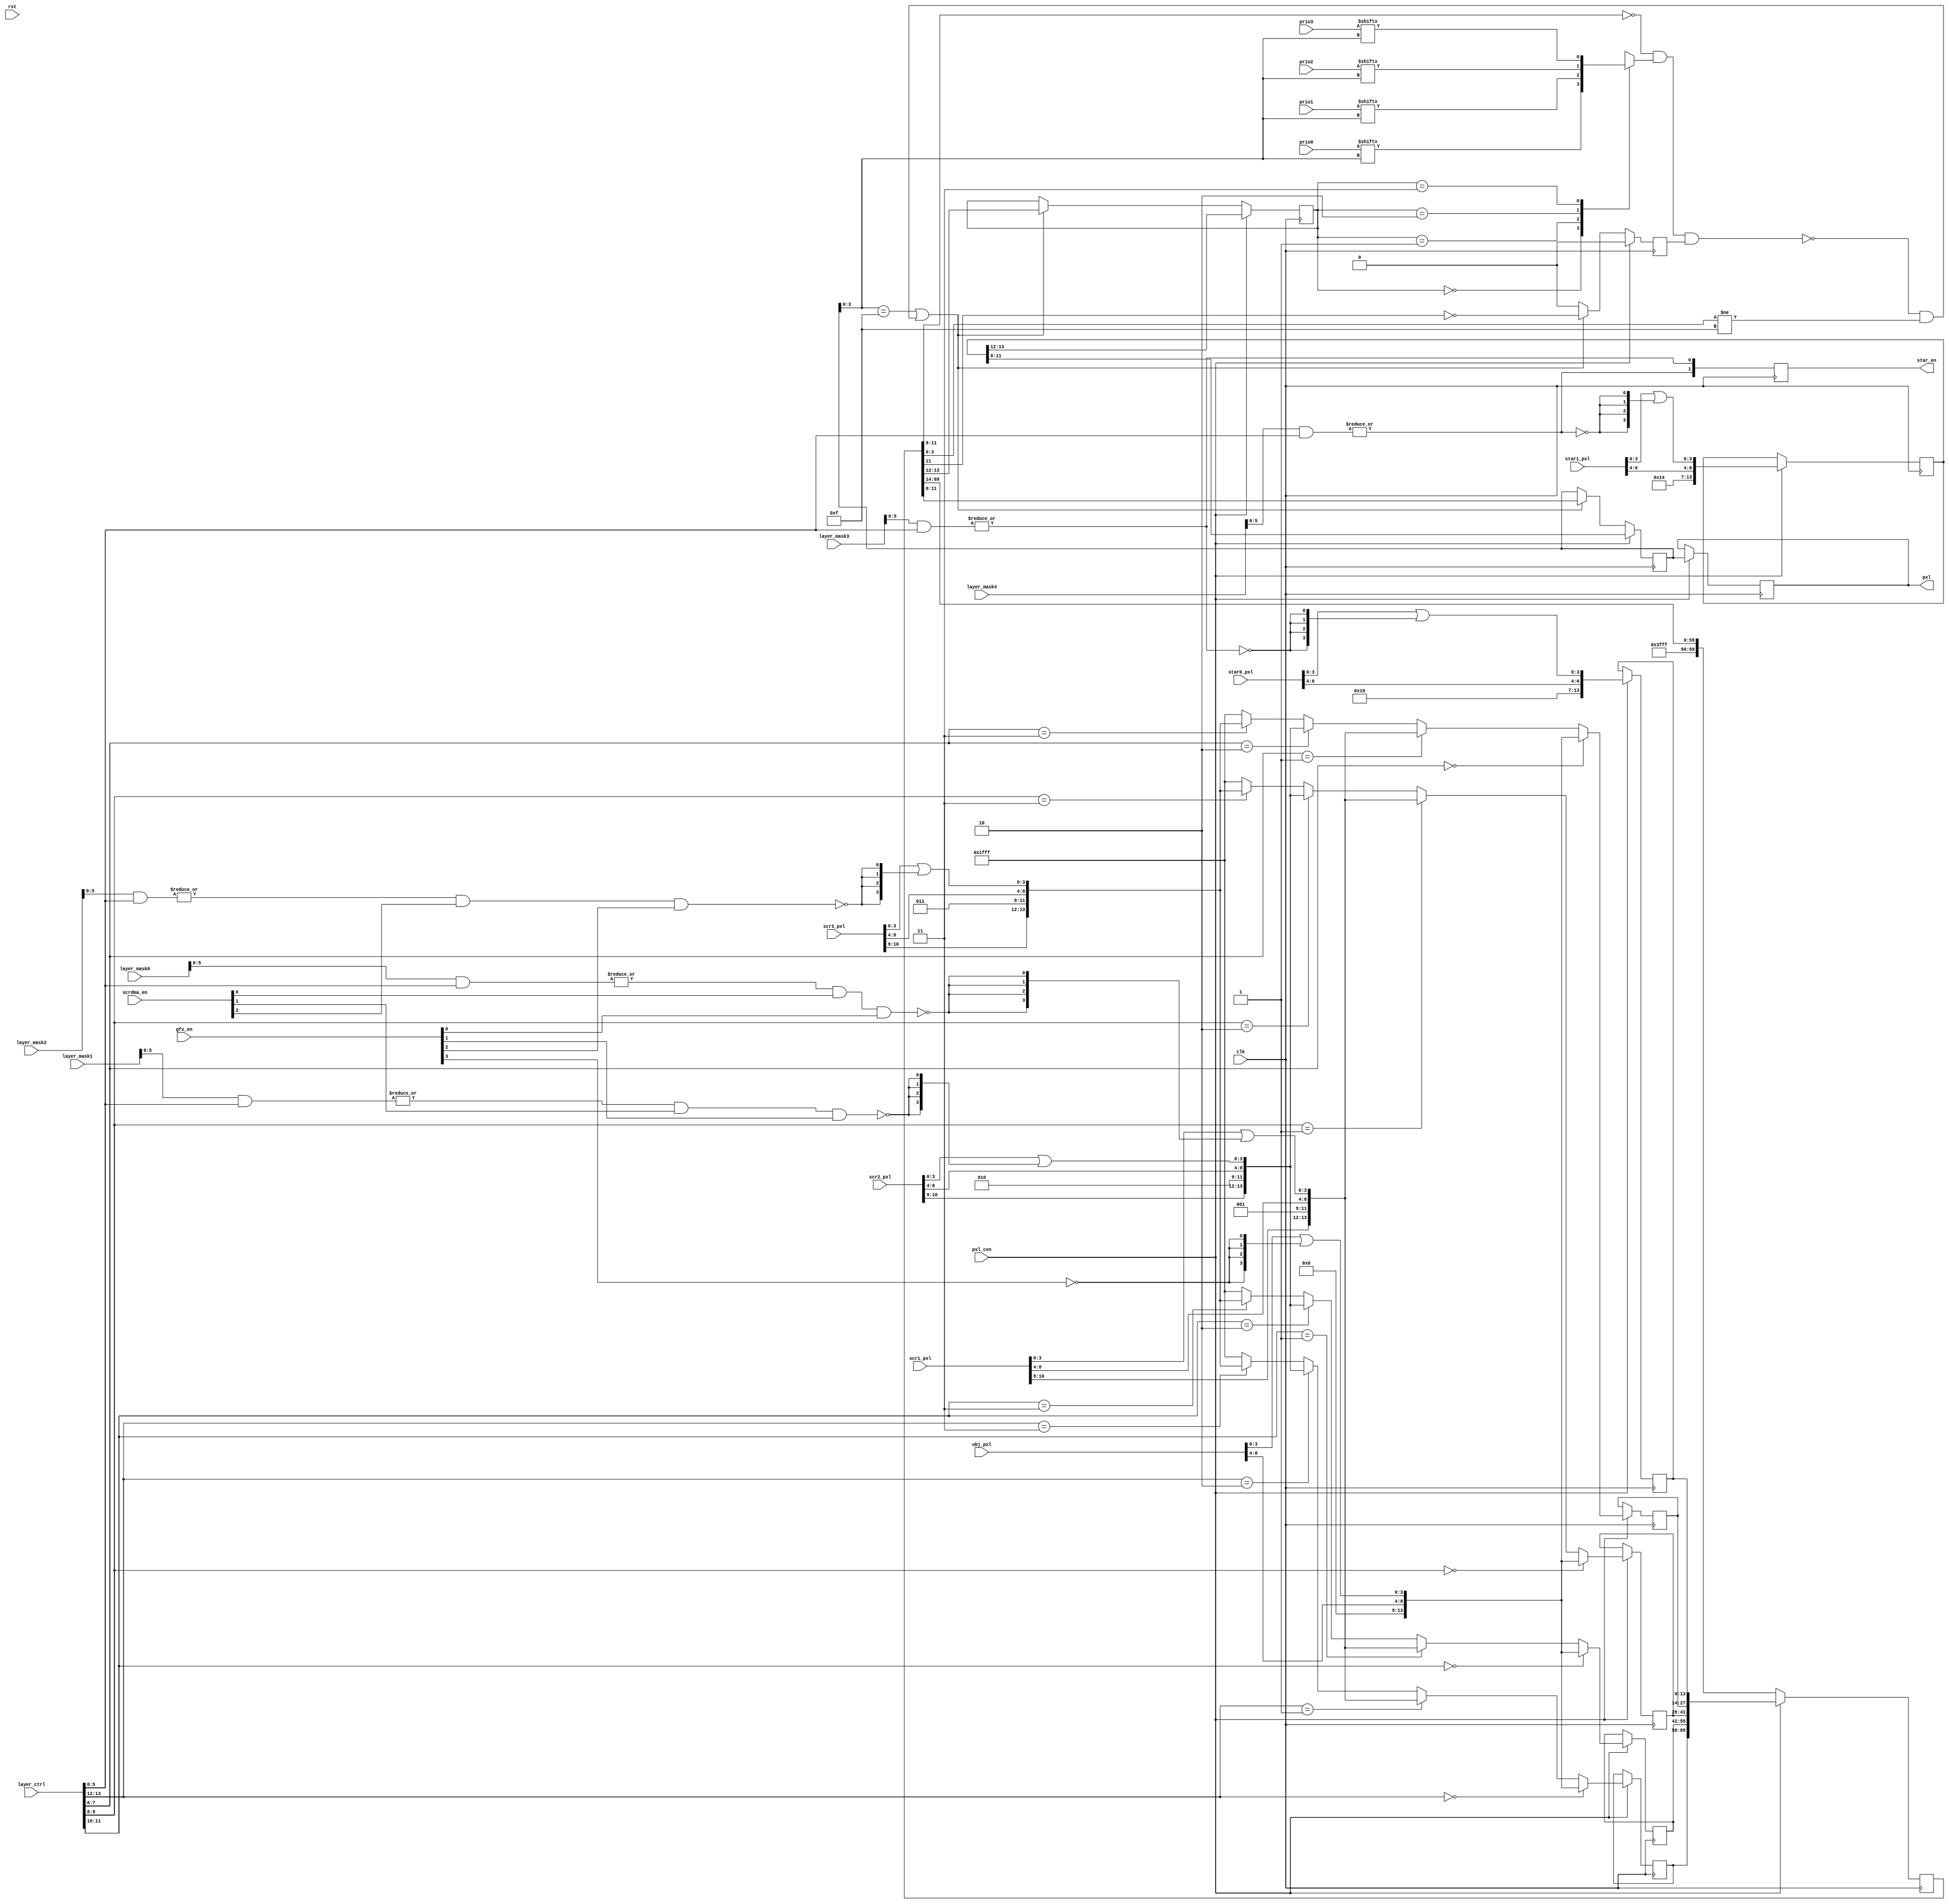
/*  This file is part of JTCORES1.
    JTCORES1 program is free software: you can redistribute it and/or modify
    it under the terms of the GNU General Public License as published by
    the Free Software Foundation, either version 3 of the License, or
    (at your option) any later version.

    JTCORES1 program is distributed in the hope that it will be useful,
    but WITHOUT ANY WARRANTY; without even the implied warranty of
    MERCHANTABILITY or FITNESS FOR A PARTICULAR PURPOSE.  See the
    GNU General Public License for more details.

    You should have received a copy of the GNU General Public License
    along with JTCORES1.  If not, see <http://www.gnu.org/licenses/>.

    Author: Jose Tejada Gomez. Twitter: @topapate
    Version: 1.0
    Date: 13-1-2020 */

module jtcps1_colmix(
    input              rst,
    input              clk,
    input              pxl_cen,

    input   [ 3:0]     gfx_en,

    input   [10:0]     scr1_pxl,
    input   [10:0]     scr2_pxl,
    input   [10:0]     scr3_pxl,
    input   [ 6:0]     star0_pxl,
    input   [ 6:0]     star1_pxl,
    input   [ 8:0]     obj_pxl,

    // Layer priority
    input   [15:0]     layer_ctrl,
    input   [ 3:1]     scrdma_en,
    input   [ 7:0]     layer_mask0, // mask for enable bits
    input   [ 7:0]     layer_mask1,
    input   [ 7:0]     layer_mask2,
    input   [ 7:0]     layer_mask3,
    input   [ 7:0]     layer_mask4,
    input   [15:0]     prio0,
    input   [15:0]     prio1,
    input   [15:0]     prio2,
    input   [15:0]     prio3,

    output reg [ 1:0]  star_en,
    // Palette RAM
    output reg [11:0]  pxl
);

// These are the top four bits written by CPS-B to each
// pixel of the frame buffer. These are likely sent by CPS-A
// via pins XS[4:0] and CPS-B encodes them
// 000 = OBJ ?
// 001 = SCROLL 1
// 010 = SCROLL 2
// 011 = SCROLL 3
// 100 = STAR FIELD

localparam [2:0] OBJ=3'b0, SCR1=3'b1, SCR2=3'd2, SCR3=3'd3, STA0=3'd4, STA1=3'd5;

/////////////////////////// LAYER MUX ////////////////////////////////////////////
function [13:0] layer_mux;
    input [ 8:0] obj;
    input [10:0] scr1;
    input [10:0] scr2;
    input [10:0] scr3;
    input [ 1:0] sel;

    layer_mux =  sel==2'b00 ? {      2'b00,  OBJ, obj }   :
                (sel==2'b01 ? { scr1[10:9], SCR1, scr1[8:0]}   :
                (sel==2'b10 ? { scr2[10:9], SCR2, scr2[8:0]}   :
                (sel==2'b11 ? { scr3[10:9], SCR3, scr3[8:0]}   : 14'h1fff )));
endfunction

(*keep*) wire [4:0] lyren = {
    |(layer_mask4[5:0] & layer_ctrl[5:0]), // Star layer 1
    |(layer_mask3[5:0] & layer_ctrl[5:0]), // Star layer 0
    |(layer_mask2[5:0] & layer_ctrl[5:0]),
    |(layer_mask1[5:0] & layer_ctrl[5:0]),
    |(layer_mask0[5:0] & layer_ctrl[5:0])
};

always @(posedge clk) star_en <= lyren[4:3];

//reg [4:0] lyren2, lyren3;

// OBJ layer cannot be disabled by hardware
wire [ 8:0] obj_mask  = { obj_pxl[8:4],   obj_pxl[3:0]  | {4{~gfx_en[3]}} };
wire [10:0] scr1_mask = { scr1_pxl[10:4], scr1_pxl[3:0] | {4{~(lyren[0]& scrdma_en[1] & gfx_en[0])}} };
wire [10:0] scr2_mask = { scr2_pxl[10:4], scr2_pxl[3:0] | {4{~(lyren[1]& scrdma_en[2] & gfx_en[1])}} };
wire [10:0] scr3_mask = { scr3_pxl[10:4], scr3_pxl[3:0] | {4{~(lyren[2]& scrdma_en[3] & gfx_en[2])}} };
wire [ 6:0] sta0_mask = { star0_pxl[6:4], star0_pxl[3:0] | {4{~lyren[3]}} };
wire [ 6:0] sta1_mask = { star1_pxl[6:4], star1_pxl[3:0] | {4{~lyren[4]}} };

localparam QW = 14*5;
reg [13:0] lyr5, lyr4, lyr3, lyr2, lyr1, lyr0;
reg [QW-1:0] lyr_queue;
reg [11:0] pre_pxl;
reg [ 1:0] group;

`ifdef SIMULATION
wire [2:0] lyr0_code = lyr0[11:9];
wire [2:0] lyr1_code = lyr1[11:9];
wire [2:0] lyr2_code = lyr2[11:9];
wire [2:0] lyr3_code = lyr3[11:9];
`endif
always @(posedge clk) if(pxl_cen) begin
    lyr5 <= { 2'b00, STA1, 2'b0, sta1_mask };
    lyr4 <= { 2'b00, STA0, 2'b0, sta0_mask };
    lyr3 <= layer_mux( obj_mask, scr1_mask, scr2_mask, scr3_mask, layer_ctrl[ 7: 6] );
    lyr2 <= layer_mux( obj_mask, scr1_mask, scr2_mask, scr3_mask, layer_ctrl[ 9: 8] );
    lyr1 <= layer_mux( obj_mask, scr1_mask, scr2_mask, scr3_mask, layer_ctrl[11:10] );
    lyr0 <= layer_mux( obj_mask, scr1_mask, scr2_mask, scr3_mask, layer_ctrl[13:12] );
    //lyren2[5:4] <= lyren[5:4];
    //lyren2[3] <= lyren[ layer_ctrl[7:6] ];
    //lyren2[2] <= lyren[ layer_ctrl[7:6] ];
    //lyren2[1] <= lyren[ layer_ctrl[7:6] ];
    //lyren2[0] <= lyren[ layer_ctrl[7:6] ];
end

reg has_priority, check_prio;

always @(*) begin
    case( group )
        2'd0: has_priority = prio0[ pre_pxl[3:0] ];
        2'd1: has_priority = prio1[ pre_pxl[3:0] ];
        2'd2: has_priority = prio2[ pre_pxl[3:0] ];
        2'd3: has_priority = prio3[ pre_pxl[3:0] ];
    endcase
end

`ifdef CPS2
localparam [13:0] BLANK_PXL = { 2'b11, 12'hBFF }; // according to DL-0921 RE but it doesn't look
// good on CPS1/CPS1.5 games. CPS2 is fine with that
`else
localparam [13:0] BLANK_PXL = ~14'd0;
`endif

// This take 6 clock cycles to process the 6 layers
always @(posedge clk) begin
    if(pxl_cen) begin
        pxl               <= pre_pxl;
        {group, pre_pxl } <= lyr5;
        lyr_queue         <= { lyr0, lyr1, lyr2, lyr3, lyr4 };
        check_prio        <= 1'b0;
        //lyren3            <= lyren2;
    end else begin
        if( (pre_pxl[3:0]==4'hf ||
            ( !(lyr_queue[11:9]==OBJ && has_priority && check_prio )
                && lyr_queue[3:0] != 4'hf ))  )
        begin
            { group, pre_pxl } <= lyr_queue[13:0];
            check_prio <= ~lyr_queue[11]; // not a star
            lyr_queue <= { BLANK_PXL, lyr_queue[QW-1:14] };
        end
        else begin
            check_prio <= 1'b0;
            lyr_queue <= { BLANK_PXL, lyr_queue[QW-1:14] };
        end
    end
end

endmodule